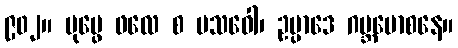
၉၀၂။ ပုပ္ဖေ ဖလေ စ ပသဝေါ၊ ဥပ္ပာဒေ ဂဗ္ဘမောစနေ။